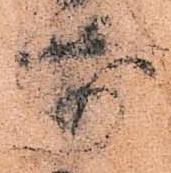
前